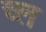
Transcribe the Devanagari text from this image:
च्ल